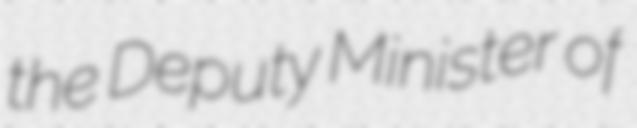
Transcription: the Deputy Minister of